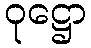
ဝုဋ္ဌော